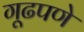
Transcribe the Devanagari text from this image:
गूढपणे